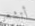
أتشعر